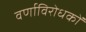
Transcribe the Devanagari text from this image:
वर्णाविरोधकों